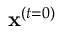
\mathbf { x } ^ { ( t = 0 ) }